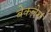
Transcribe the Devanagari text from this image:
बेकलेश